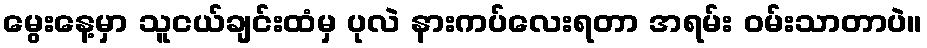
မွေးနေ့မှာ သူငယ်ချင်းထံမှ ပုလဲ နားကပ်လေးရတာ အရမ်း ဝမ်းသာတာပဲ။